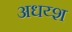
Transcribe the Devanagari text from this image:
अधय्श